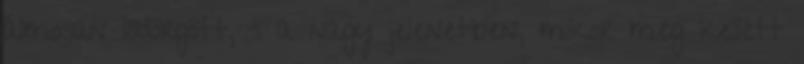
álmosan lődörgött, s a nagy jelenetben, mikor meg kellett